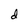
Character: d